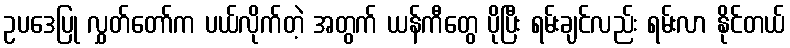
ဥပဒေပြု လွှတ်တော်က ပယ်လိုက်တဲ့ အတွက် ယန်ကီတွေ ပိုပြီး ရမ်းချင်လည်း ရမ်းလာ နိုင်တယ်